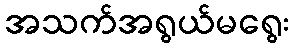
အသက်အရွယ်မရွေး